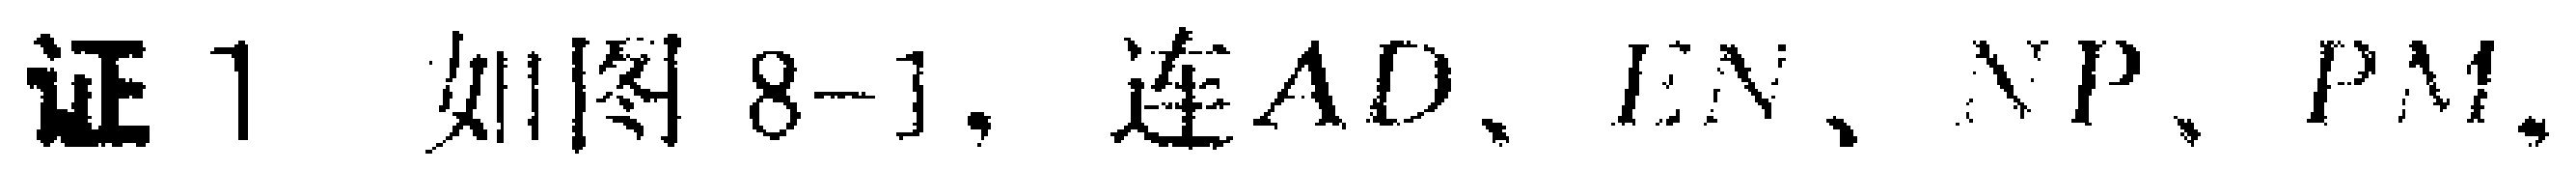
证1 如图8-1，连$AD$、$EN$、$NP$、$PM$.